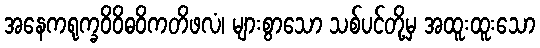
အနေကရုက္ခဝိဝိဓဝိကတိဖလံ၊ များစွာသော သစ်ပင်တို့မှ အထူးထူးသော